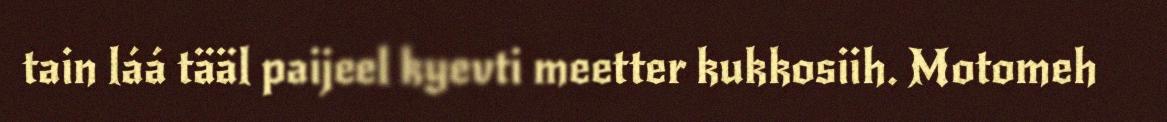
tain láá tääl paijeel kyevti meetter kukkosiih. Motomeh